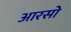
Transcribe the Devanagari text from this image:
आरसो